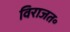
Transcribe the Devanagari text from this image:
विराजत॰